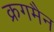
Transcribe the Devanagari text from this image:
क्रगमैन